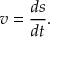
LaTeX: v = { \frac { d s } { d t } } .